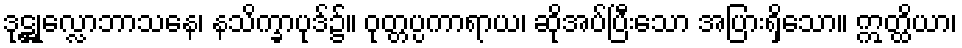
ဒုဋ္ဌုလ္လောဘာသနေ၊ နသိက္ခာပုဒ်၌။ ဝုတ္တပ္ပကာရာယ၊ ဆိုအပ်ပြီးသော အပြားရှိသော။ ဣတ္ထိယာ၊